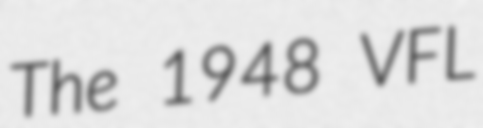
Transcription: The 1948 VFL